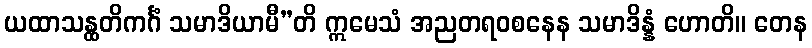
ယထာသန္ထတိကင်္ဂံ သမာဒိယာမီ”တိ ဣမေသံ အညတရဝစနေန သမာဒိန္နံ ဟောတိ။ တေန